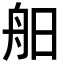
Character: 𦨙